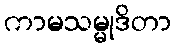
ကာမသမ္မုဒိတာ